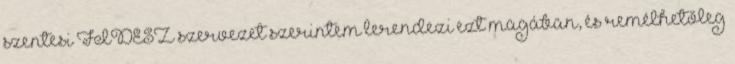
szentesi FIDESZ szervezet szerintem lerendezi ezt magában, és remélhetőleg